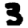
Digit: 3